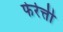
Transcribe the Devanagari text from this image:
फेर्रेत्ती